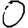
Digit: 0